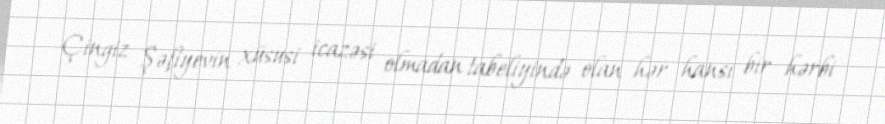
Çingiz Şəfiyevin xüsusi icazəsi olmadan tabeliyində olan hər hansı bir hərbi